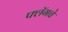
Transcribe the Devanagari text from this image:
फ्लॅगचे